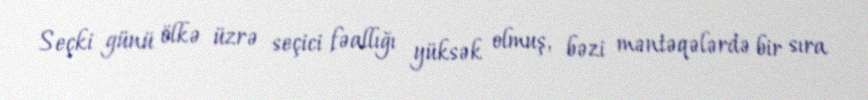
Seçki günü ölkə üzrə seçici fəallığı yüksək olmuş, bəzi məntəqələrdə bir sıra